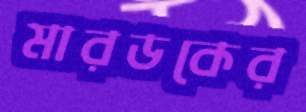
মারডকের